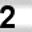
Digit: 2